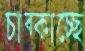
চাব্‌কাচ্ছে